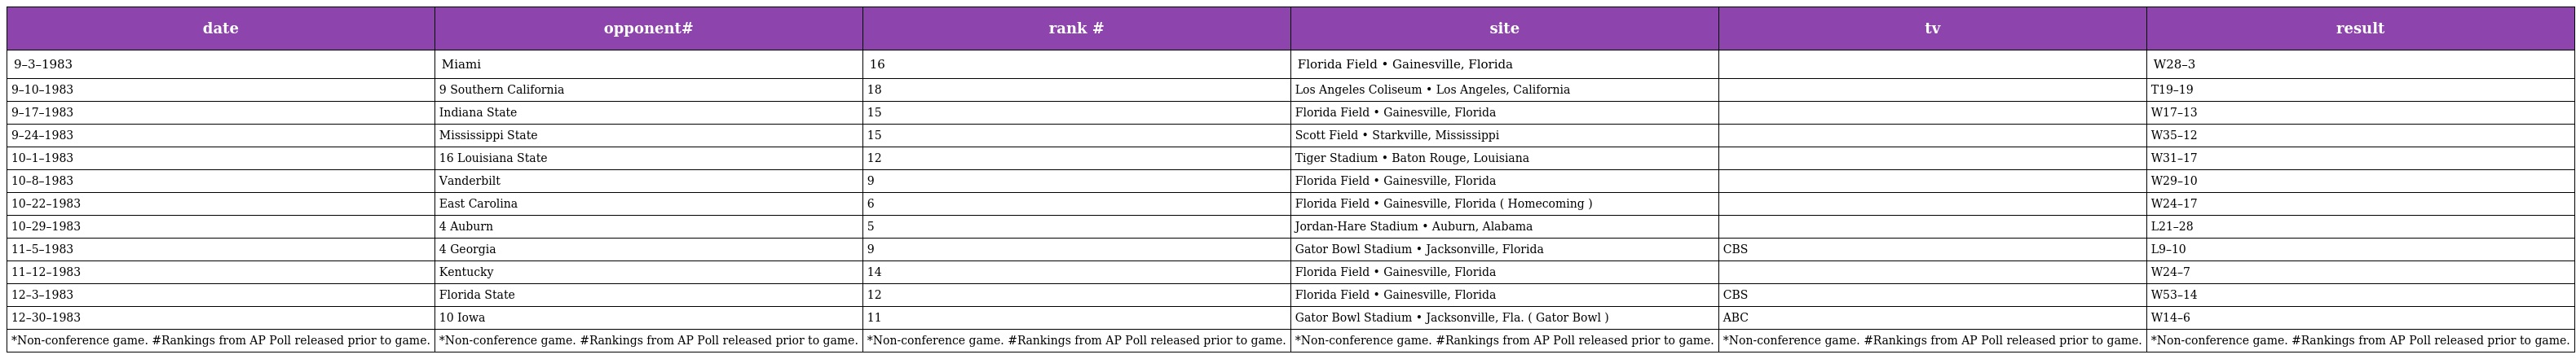
| date | opponent# | rank # | site | tv | result |
 | --- | --- | --- | --- | --- | --- |
 | 9–3–1983 | Miami | 16 | Florida Field • Gainesville, Florida |  | W28–3 |
 | 9–10–1983 | 9 Southern California | 18 | Los Angeles Coliseum • Los Angeles, California |  | T19–19 |
 | 9–17–1983 | Indiana State | 15 | Florida Field • Gainesville, Florida |  | W17–13 |
 | 9–24–1983 | Mississippi State | 15 | Scott Field • Starkville, Mississippi |  | W35–12 |
 | 10–1–1983 | 16 Louisiana State | 12 | Tiger Stadium • Baton Rouge, Louisiana |  | W31–17 |
 | 10–8–1983 | Vanderbilt | 9 | Florida Field • Gainesville, Florida |  | W29–10 |
 | 10–22–1983 | East Carolina | 6 | Florida Field • Gainesville, Florida ( Homecoming ) |  | W24–17 |
 | 10–29–1983 | 4 Auburn | 5 | Jordan-Hare Stadium • Auburn, Alabama |  | L21–28 |
 | 11–5–1983 | 4 Georgia | 9 | Gator Bowl Stadium • Jacksonville, Florida | CBS | L9–10 |
 | 11–12–1983 | Kentucky | 14 | Florida Field • Gainesville, Florida |  | W24–7 |
 | 12–3–1983 | Florida State | 12 | Florida Field • Gainesville, Florida | CBS | W53–14 |
 | 12–30–1983 | 10 Iowa | 11 | Gator Bowl Stadium • Jacksonville, Fla. ( Gator Bowl ) | ABC | W14–6 |
 | *Non-conference game. #Rankings from AP Poll released prior to game. | *Non-conference game. #Rankings from AP Poll released prior to game. | *Non-conference game. #Rankings from AP Poll released prior to game. | *Non-conference game. #Rankings from AP Poll released prior to game. | *Non-conference game. #Rankings from AP Poll released prior to game. | *Non-conference game. #Rankings from AP Poll released prior to game. |